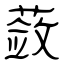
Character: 蔹